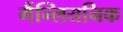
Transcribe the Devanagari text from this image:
गैंग्लियनिक